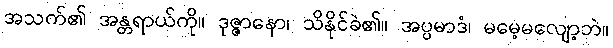
အသက်၏ အန္တရာယ်ကို။ ဒုဇ္ဇာနော၊ သိနိုင်ခဲ၏။ အပ္ပမာဒံ၊ မမေ့မလျော့ဘဲ။